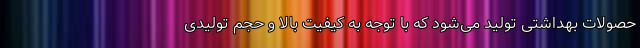
حصولات بهداشتی تولید می‌شود که با توجه به کیفیت بالا و حجم تولیدی